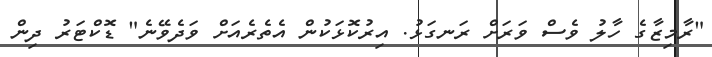
"ރާމިޒާގެ ހާލު ވެސް ވަރަށް ރަނގަޅު. އިރުކޮޅަކުން އެތެރެއަށް ވަދެވޭނެ" ޑޮކްޓަރު ދިން